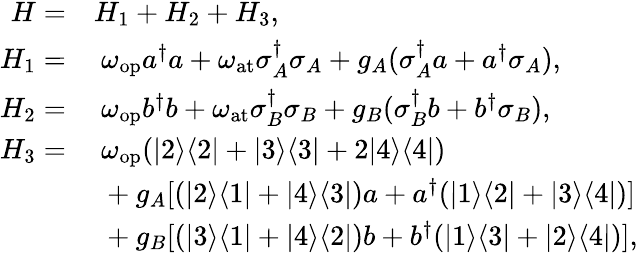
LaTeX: \begin{array}{rl}{H=}&{H_{1}+H_{2}+H_{3},}\\ {H_{1}=}&{~\omega_{\mathrm{op}}a^{\dagger}a+\omega_{\mathrm{at}}\sigma_{A}^{\dagger}\sigma_{A}+g_{A}(\sigma_{A}^{\dagger}a+a^{\dagger}\sigma_{A}),}\\ {H_{2}=}&{~\omega_{\mathrm{op}}b^{\dagger}b+\omega_{\mathrm{at}}\sigma_{B}^{\dagger}\sigma_{B}+g_{B}(\sigma_{B}^{\dagger}b+b^{\dagger}\sigma_{B}),}\\ {H_{3}=}&{~\omega_{\mathrm{op}}(|2\rangle\langle 2|+|3\rangle\langle 3|+2|4\rangle\langle 4|)}\\ &{~+g_{A}[(|2\rangle\langle 1|+|4\rangle\langle 3|)a+a^{\dagger}(|1\rangle\langle 2|+|3\rangle\langle 4|)]}\\ &{~+g_{B}[(|3\rangle\langle 1|+|4\rangle\langle 2|)b+b^{\dagger}(|1\rangle\langle 3|+|2\rangle\langle 4|)],}\end{array}